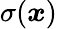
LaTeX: \sigma({\boldsymbol{x}})